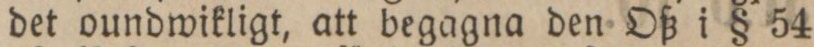
det oundwikligt, att begagna den Oß i § 54